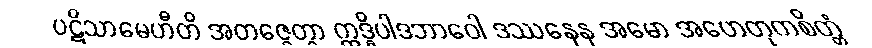
ပဋိသာမေဟီတိ အတဇ္ဇေတွာ ဣဒ္ဓိပါဒဘာဝေါ ဒဿနေန အမော အဟေတုကစိတ္တံ